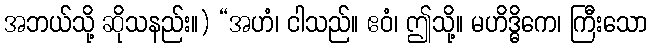
အဘယ်သို့ ဆိုသနည်း။) “အဟံ၊ ငါသည်။ ဧဝံ၊ ဤသို့။ မဟိဒ္ဓိကေ၊ ကြီးသော